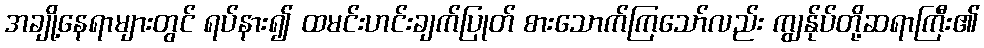
အချို့နေရာများတွင် ရပ်နား၍ ထမင်းဟင်းချက်ပြုတ် စားသောက်ကြသော်လည်း ကျွန်ုပ်တို့ဆရာကြီး၏